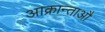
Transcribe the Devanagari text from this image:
आक्रान्ताऔ